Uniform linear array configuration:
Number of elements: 24
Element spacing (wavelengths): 0.5
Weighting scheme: blackman
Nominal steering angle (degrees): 45
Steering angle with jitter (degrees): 46.676
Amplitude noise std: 0.05
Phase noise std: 0.05

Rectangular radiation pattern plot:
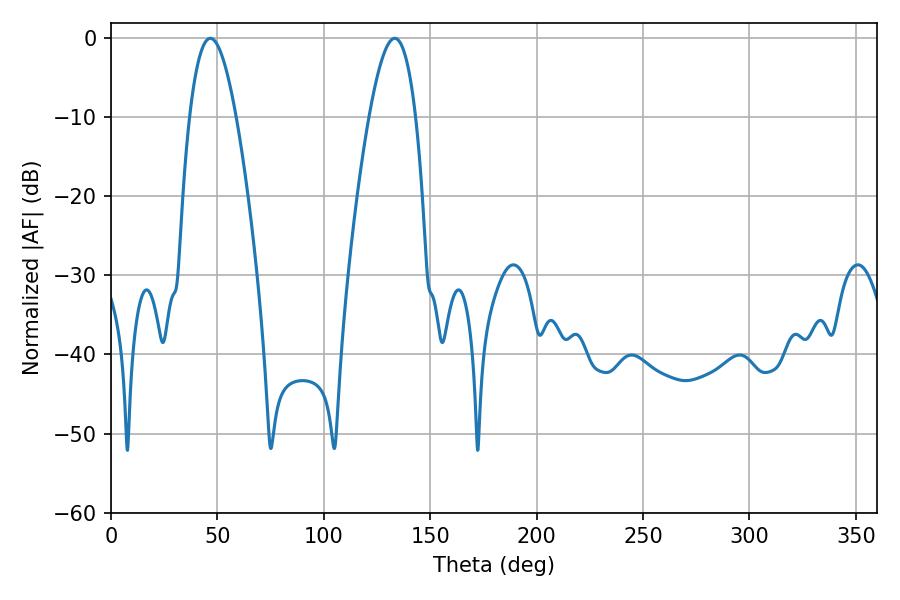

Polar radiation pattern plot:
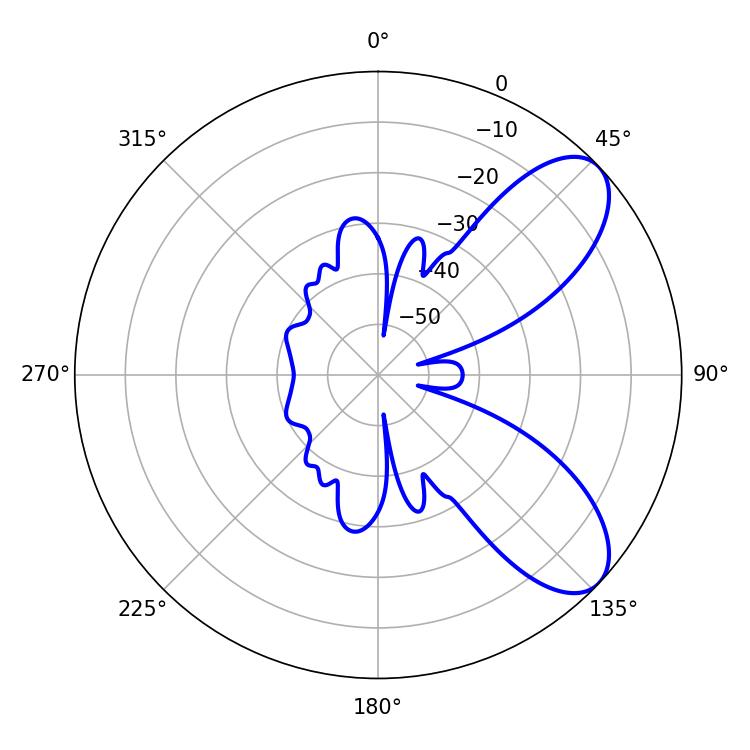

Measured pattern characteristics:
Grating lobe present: FALSE
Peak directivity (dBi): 7.835
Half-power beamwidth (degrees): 11.88
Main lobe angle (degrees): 46.62